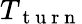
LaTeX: T_{\mathrm{~t~u~r~n~}}